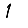
Digit: 1